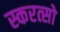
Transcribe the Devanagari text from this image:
स्करत्सो